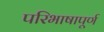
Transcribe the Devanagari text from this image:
परिभाषापूर्ण